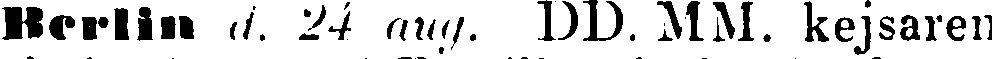
Berlin d. 24 aug. DD. MM. kejsaren